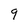
Character: 9